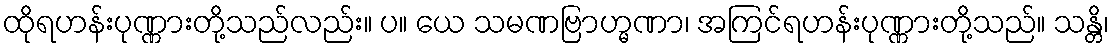
ထိုရဟန်းပုဏ္ဏားတို့သည်လည်း။ ပ။ ယေ သမဏဗြာဟ္မဏာ၊ အကြင်ရဟန်းပုဏ္ဏားတို့သည်။ သန္တိ၊